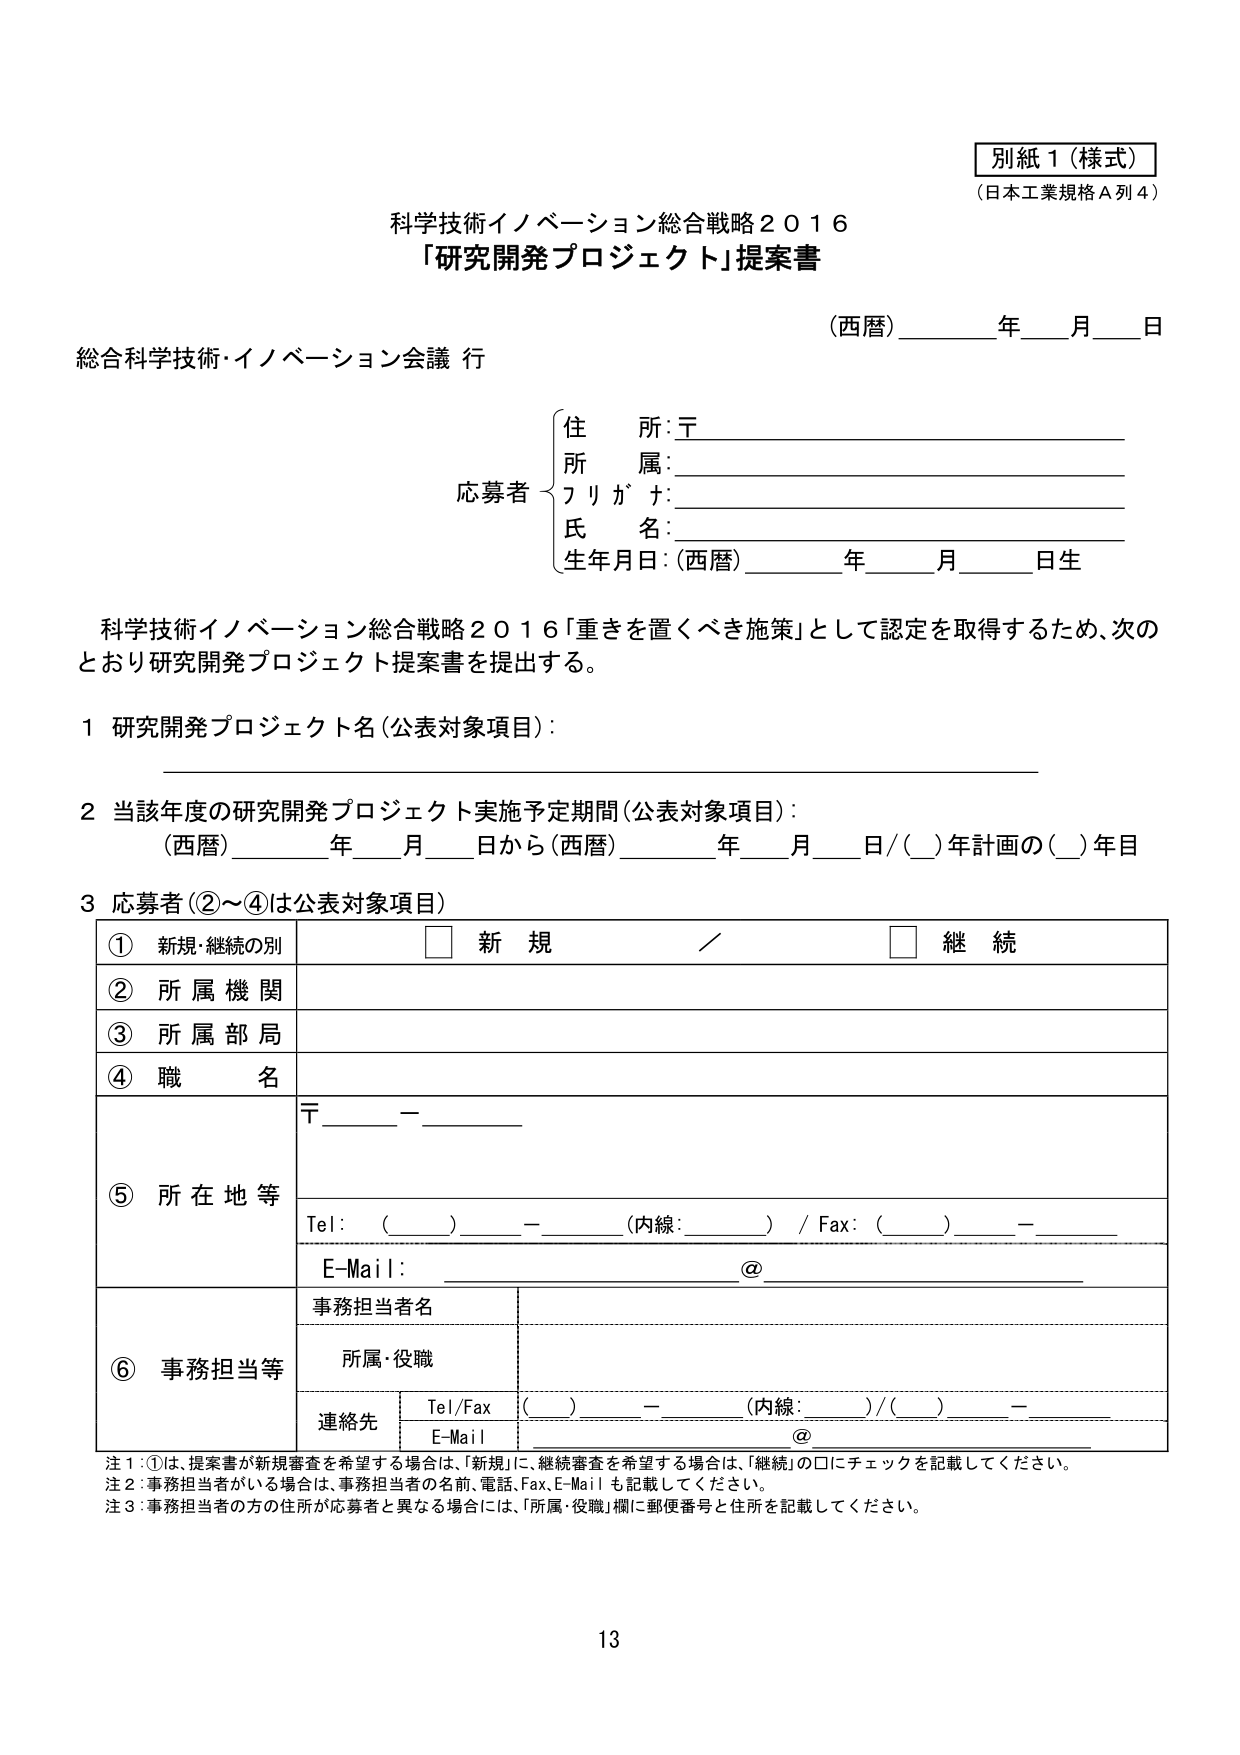
別紙１（様式）
（日本工業規格Ａ列４）

科学技術イノベーション総合戦略２０１６
「研究開発プロジェクト」提案書

（西暦）______年____月____日

総合科学技術・イノベーション会議 行

応募者
{
住所：〒_________________________
所属：_________________________
フリガナ：_________________________
氏名：_________________________
生年月日：（西暦）______年____月____日生
}

科学技術イノベーション総合戦略２０１６「重きを置くべき施策」として認定を取得するため、次のとおり研究開発プロジェクト提案書を提出する。

１ 研究開発プロジェクト名（公表対象項目）：
_________________________________________________________

２ 当該年度の研究開発プロジェクト実施予定期間（公表対象項目）：
（西暦）______年____月____日から（西暦）______年____月____日／（__）年計画の（__）年目

３ 応募者（②～④は公表対象項目）

| ① 新規・継続の別 | □ 新規 ／ □ 継続 |
| ② 所属機関 | _________________________ |
| ③ 所属部局 | _________________________ |
| ④ 職名 | _________________________ |
| ⑤ 所在地等 | 〒______－______<br>Tel：（______）______－______（内線：______）／Fax：（______）______－______<br>E-Mail：_________________________@_________________________ |
| ⑥ 事務担当等 | 事務担当者名 | _________________________ |
| | 所属・役職 | _________________________ |
| | 連絡先 | Tel/Fax（______）______－______（内線：______）／（______）______－______<br>E-Mail _________________________@_________________________ |

注１：①は、提案書が新規審査を希望する場合は、「新規」に、継続審査を希望する場合は、「継続」の□にチェックを記載してください。
注２：事務担当者がいる場合は、事務担当者の名前、電話、Fax、E-Mailも記載してください。
注３：事務担当者の方の住所が応募者と異なる場合には、「所属・役職」欄に郵便番号と住所を記載してください。

13